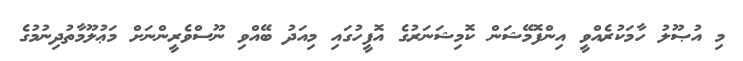
މި އުޞޫލު ހާމަކުރެއްވީ އިންފޮމޭޝަން ކޮމިޝަނަރުގެ އޮފީހުގައި މިއަދު ބޭއްވި ނޫސްވެރީންނަށް މަޢުލޫމާތުދިނުމުގެ